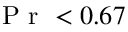
\mathrm { ~ P ~ r ~ } < 0 . 6 7